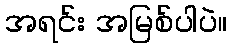
အရင်း အမြစ်ပါပဲ။